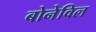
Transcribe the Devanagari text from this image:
बोनेविल